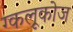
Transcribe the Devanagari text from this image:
ग्कलूकोज